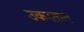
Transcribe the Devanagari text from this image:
उकरतात